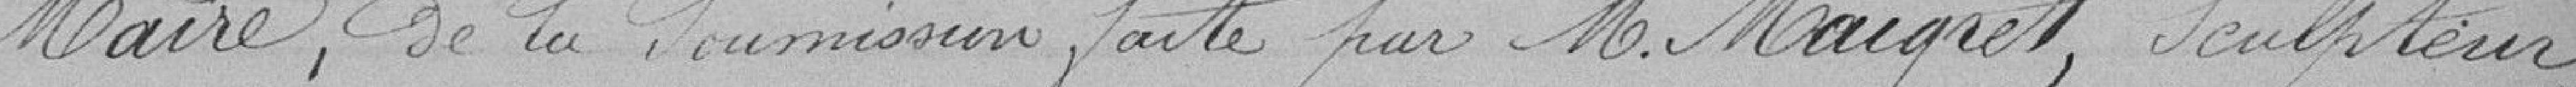
Maire de la soumission faite par Monsieur Maigret, sculpteur,